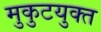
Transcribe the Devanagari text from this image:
मुकुटयुक्त